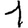
Digit: 1